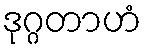
ဒုဂ္ဂတာဟံ